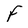
Character: F